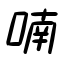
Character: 喃